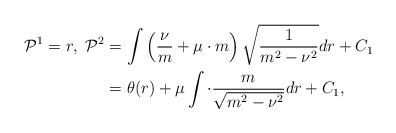
LaTeX: \begin{align*}\mathcal{P}^1=r,\ \mathcal{P}^2&=\int \left(\frac{\nu}{m}+\mu\cdot m\right)\sqrt{\frac{1}{m^2-\nu^2}} dr+C_1\\&=\theta(r)+\mu\int \cdot\frac{m}{\sqrt{m^2-\nu^2}} dr+C_1,\end{align*}